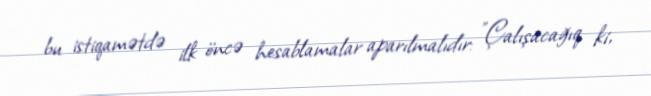
bu istiqamətdə ilk öncə hesablamalar aparılmalıdır: "Çalışacağıq ki,